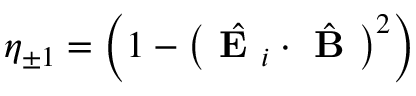
\eta _ { \pm 1 } = \left( 1 - \left( \hat { \textbf { E } _ { i } } \cdot \hat { \textbf { B } } \right) ^ { 2 } \right)